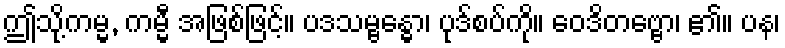
ဤသို့ကမ္မ, ကမ္မီ အဖြစ်ဖြင့်။ ပဒသမ္ဗန္ဓော၊ ပုဒ်စပ်ကို။ ဝေဒိတဗ္ဗော၊ ၏။ ပန၊